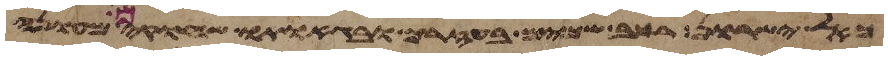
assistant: כאל ישרון רכב שמים בעזרך ובגאתו שחקים מעונה